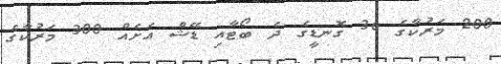
200 މަރުކާގެ 36 ގޮނޑީގެ ދެ ބޯޓާއި ޑޭޝް އަށެއް 300 މަރުކާގެ